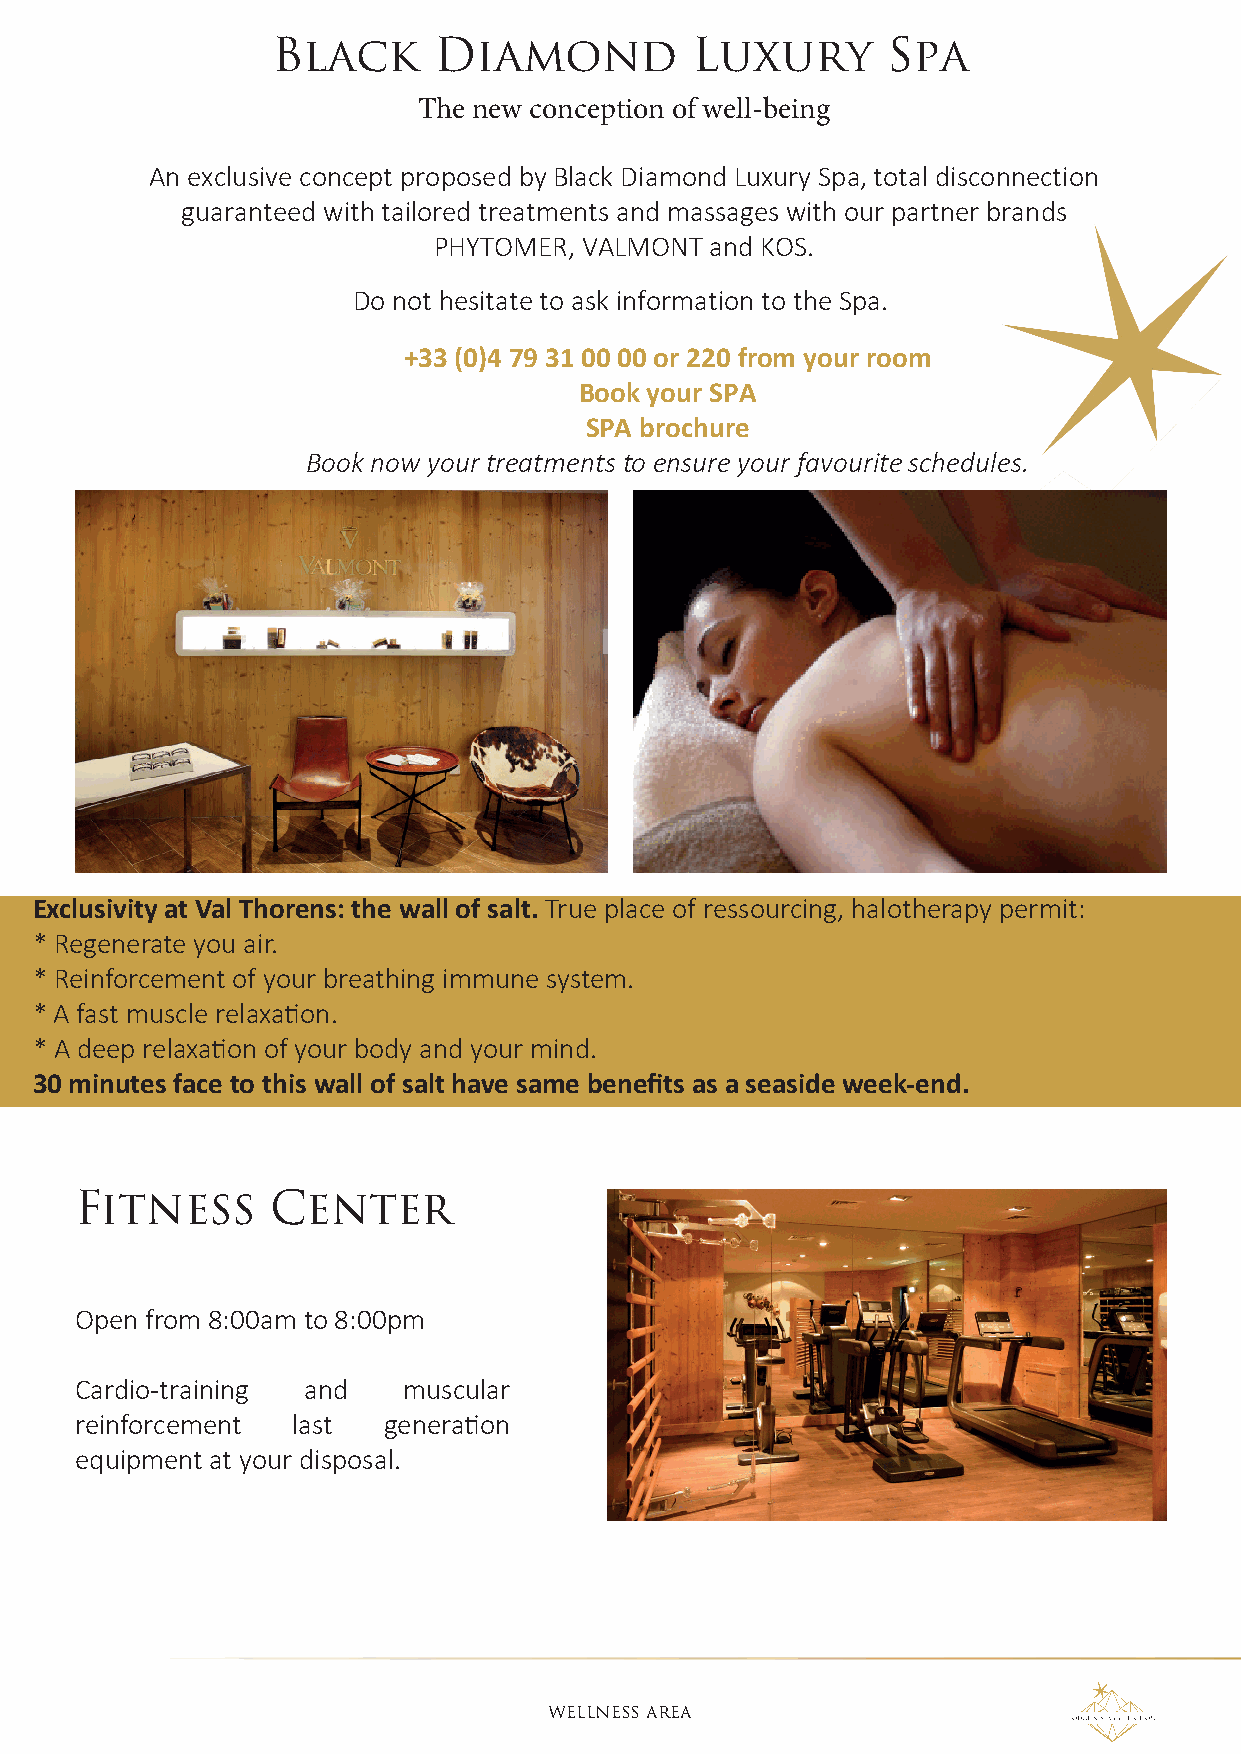
Black      Diamond          Luxury       Spa
 The new conception of well-being
 An exclusive concept proposed by Black Diamond Luxury Spa, total disconnection
 guaranteed with tailored treatments and massages with our partner brands
 PHYTOMER, VALMONT and KOS.
 Do not hesitate to ask information to the Spa.
 +33 (0)4 79 31 00 00 or 220 from your room
 Book your SPA
 SPA brochure
 Book now your treatments to ensure your favourite schedules.
 Exclusivity at Val Thorens: the wall of salt. True place of ressourcing, halotherapy permit:
 * Regenerate you air.
 * Reinforcement of your breathing immune system.
 * A fast muscle relaxation.
 * A deep relaxation of your body and your mind.
 30 minutes face to this wall of salt have same benefits as a seaside week-end.
 Fitness      Center
 Open from 8:00am to 8:00pm
 Cardio-training and   muscular
 reinforcement last  generation
 equipment at your disposal.
 wEllNESS AREA